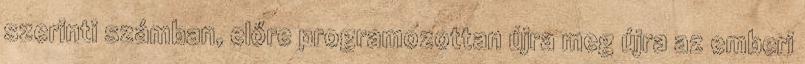
sze­rin­ti számban, előre programozottan újra meg újra az emberi